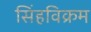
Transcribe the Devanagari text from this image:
सिंहविक्रम